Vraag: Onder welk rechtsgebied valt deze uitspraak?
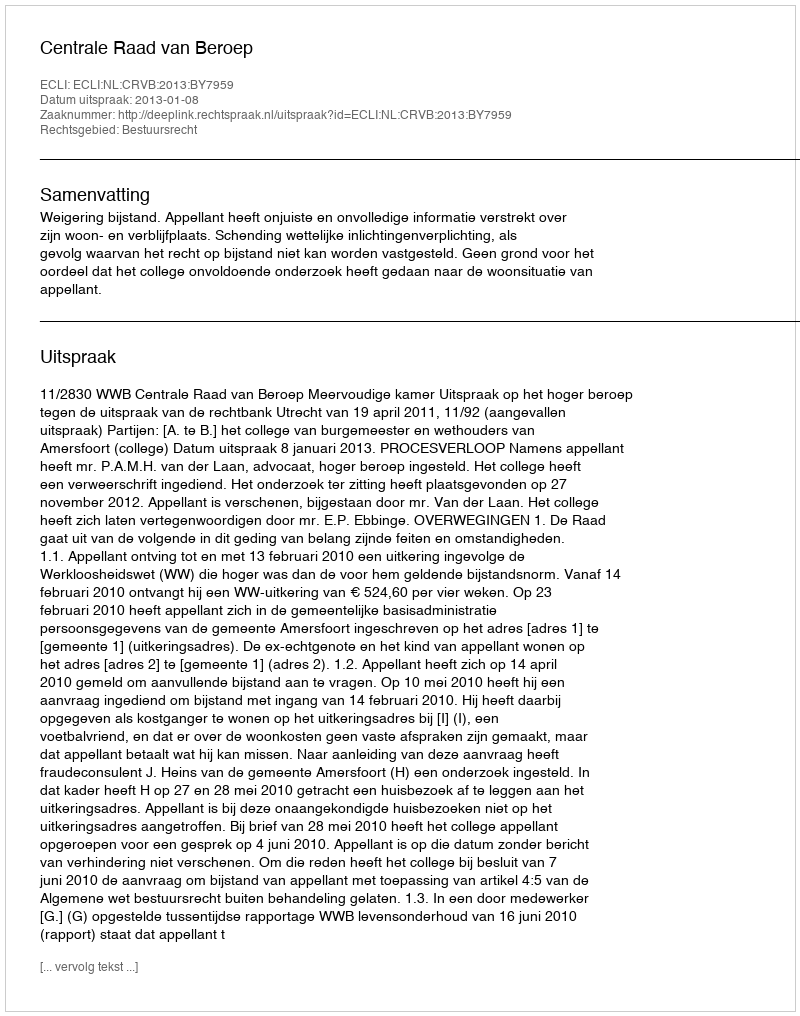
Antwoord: Bestuursrecht